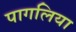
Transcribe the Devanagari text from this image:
पागलिया